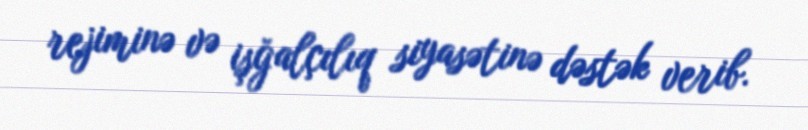
rejiminə və işğalçılıq siyasətinə dəstək verib.